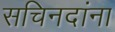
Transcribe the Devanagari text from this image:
सचिनदांना